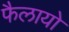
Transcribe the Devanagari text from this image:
फैलायो